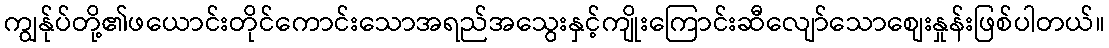
ကျွန်ုပ်တို့၏ဖယောင်းတိုင်ကောင်းသောအရည်အသွေးနှင့်ကျိုးကြောင်းဆီလျော်သောစျေးနှုန်းဖြစ်ပါတယ်။